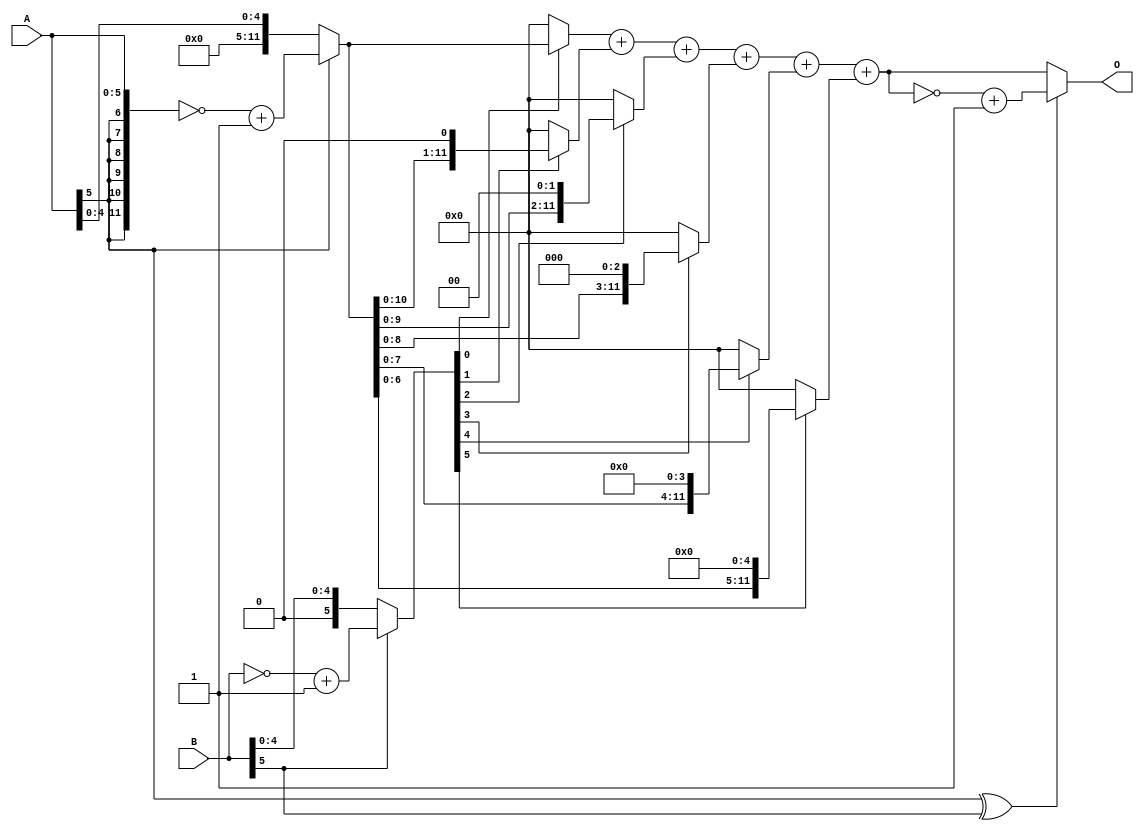
module multiply(A, B, O);

input [5:0] A;
input [5:0] B;
output [11:0] O;

wire [11:0] a;
wire [5:0] b;
assign a = (A[5] == 1'b1)? ~{{6{A[5]}} ,A} +1 : {{6{A[5]}} ,A};
assign b = (B[5] == 1'b1)? ~B+1 : B;

assign O = (A[5]^B[5] == 1'b1)? 

		   ~(((b[0] == 1'b1)? a:0) +
		   ((b[1] == 1'b1)? a<<1:0) +
		   ((b[2] == 1'b1)? a<<2:0) +
		   ((b[3] == 1'b1)? a<<3:0) +
		   ((b[4] == 1'b1)? a<<4:0) +
		   ((b[5] == 1'b1)? a<<5:0)) +1

		   :
	
		   ((b[0] == 1'b1)? a:0) +
		   ((b[1] == 1'b1)? a<<1:0) +
		   ((b[2] == 1'b1)? a<<2:0) +
		   ((b[3] == 1'b1)? a<<3:0) +
		   ((b[4] == 1'b1)? a<<4:0) +
		   ((b[5] == 1'b1)? a<<5:0);

endmodule